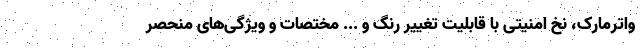
واترمارک، نخ امنیتی با قابلیت تغییر رنگ و ... مختصات و ویژگی‌های منحصر